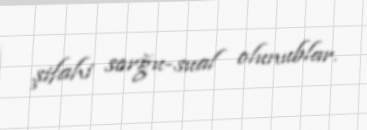
şifahi sorğu-sual olunublar.